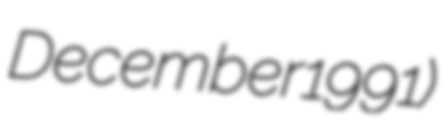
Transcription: December 1991)